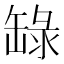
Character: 𬙐